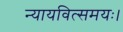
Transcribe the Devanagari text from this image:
न्यायवित्समयः।